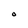
Character: 0